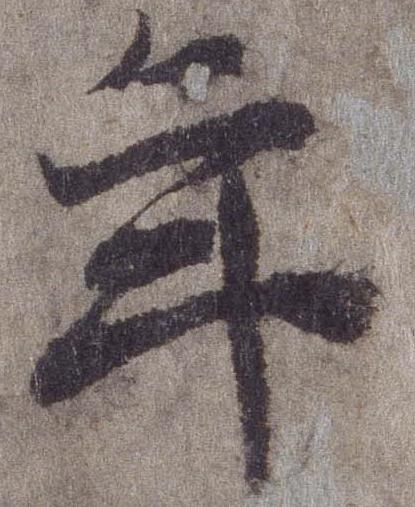
年